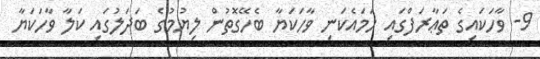
9- ވާހަކައިގެ ތަޢާރަފްގައި ހަމައެކަނި ވާހަކަޔާ ބެހޭގޮތުން ލިޔުމުގެ ބަދަލުގައި ކަލާ ވާހަކަޔާ